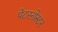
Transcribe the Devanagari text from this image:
पेटरनोस्टर